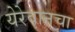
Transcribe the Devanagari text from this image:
येरेवानचा